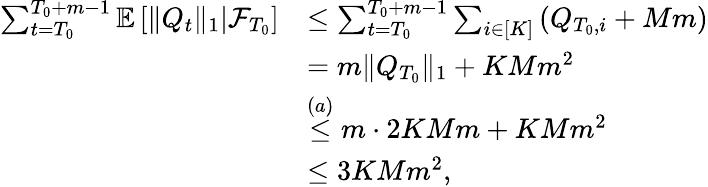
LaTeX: \begin{array}{rl}{\sum_{t=T_{0}}^{T_{0}+m-1}\mathbb E\left[\left.\lVert Q_{t}\rVert_{1}\right\rvert\mathcal F_{T_{0}}\right]}&{\le\sum_{t=T_{0}}^{T_{0}+m-1}\sum_{i\in[K]}\left(Q_{T_{0},i}+Mm\right)}\\ &{=m\lVert Q_{T_{0}}\rVert_{1}+KMm^{2}}\\ &{\stackrel{(a)}\le m\cdot 2KMm+KMm^{2}}\\ &{\le 3KMm^{2},}\end{array}